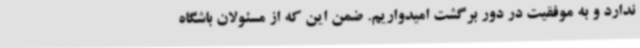
ندارد و به موفقیت در دور برگشت امیدواریم. ضمن این که از مسئولان باشگاه